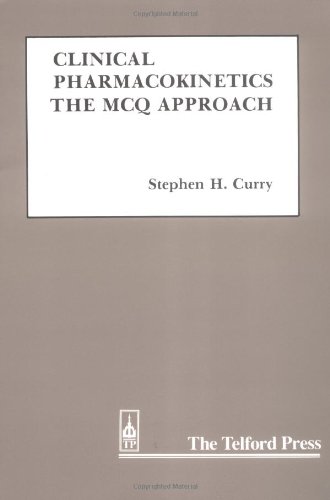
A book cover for Clinical Pharmacokinetics: The MCQ Approach (Telford Press); Stephen H. Curry; Medical Books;